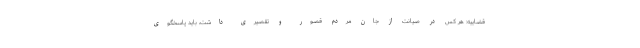
قضاییه: هر کس در صیانت از جان مردم قصور و تقصیری داشت، باید پاسخگوی